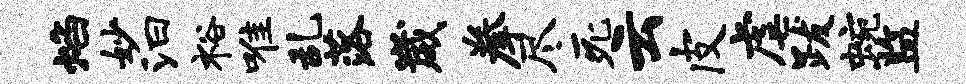
焰妙汩裕唯乱落崴拳尽死云皮虐跋蜿监